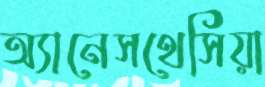
অ্যানেসথেসিয়া